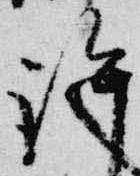
許